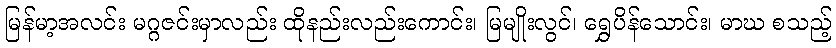
မြန်မာ့အလင်း မဂ္ဂဇင်းမှာလည်း ထိုနည်းလည်းကောင်း၊ မြမျိုးလွင်၊ ရွှေပိန်သောင်း၊ မာဃ စသည့်